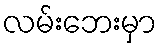
လမ်းဘေးမှာ